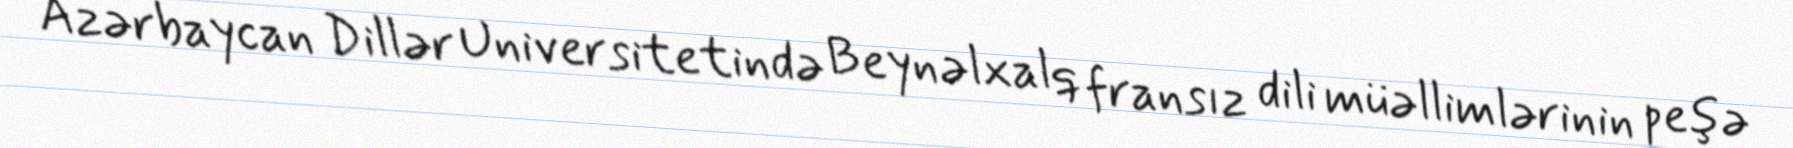
Azərbaycan Dillər Universitetində Beynəlxalq fransız dili müəllimlərinin peşə